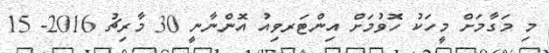
މި މަގާމަށް މީހަކު ހޮވުމަށް އިންޓަރވިއު އޮންނާނީ 30 މާރިޗު 2016- 15